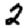
Digit: 2